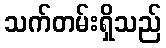
သက်တမ်းရှိသည်